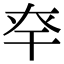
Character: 𢆎